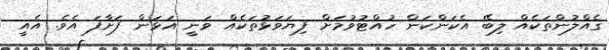
ގެއްލުންތަކެއް ލިބޭ އެކަންކަން ހުއްޓުވުމަށް ފިޔަވަޅުތަކެއް ވަނީ އަޅަން ފަށާފަ އެވެ. އެއީ